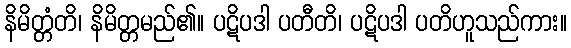
နိမိတ္တံတိ၊ နိမိတ္တမည်၏။ ပဋိပဒါ ပတီတိ၊ ပဋိပဒါ ပတိဟူသည်ကား။